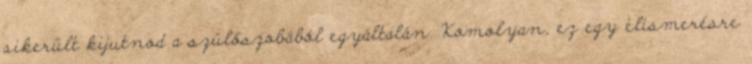
sikerült kijutnod a szülőszobából egyáltalán. Komolyan, ez egy elismerésre